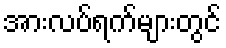
အားလပ်ရက်များတွင်